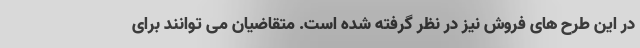
در این طرح های فروش نیز در نظر گرفته شده است. متقاضیان می توانند برای